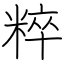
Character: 粹